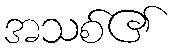
အသစ်၏